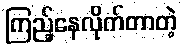
ကြည့်နေလိုက်တာတဲ့